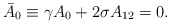
\begin{align*}\bar{A}_0\equiv \gamma A_0+2\sigma A_{12}=0.\end{align*}